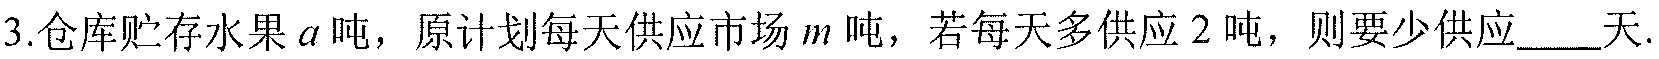
3.仓库贮存水果\(a\)吨，原计划每天供应市场\(m\)吨，若每天多供应2吨，则要少供应____天.